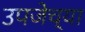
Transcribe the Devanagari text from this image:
उपजेच्या